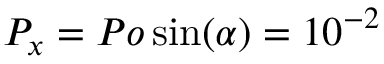
P _ { x } = P o \sin ( \alpha ) = 1 0 ^ { - 2 }